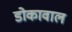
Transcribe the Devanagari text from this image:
डोकावाल